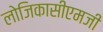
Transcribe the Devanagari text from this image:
लोजिकासीएमजी